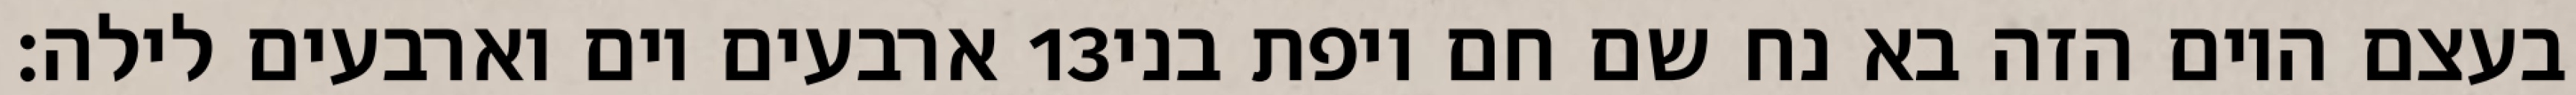
ארבעים יום וארבעים לילה׃ ‎13‏ בעצם היום הזה בא נח שם חם ויפת בני